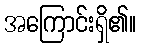
အကြောင်းရှိ၏။